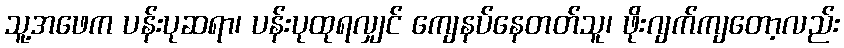
သူ့အဖေက ပန်းပုဆရာ၊ ပန်းပုထုရလျှင် ကျေနပ်နေတတ်သူ၊ ဖိုးဂျက်ကျတော့လည်း